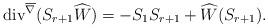
LaTeX: \begin{align*} \mathrm{div}^{\overline{\nabla}}(S_{r+1}\widehat{W})=-S_{1}S_{r+1}+\widehat{W}(S_{r+1}).\end{align*}